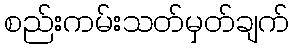
စည်းကမ်းသတ်မှတ်ချက်